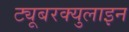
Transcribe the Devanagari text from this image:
ट्यूबरक्युलाइन